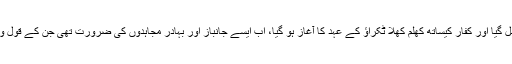
یہاں مسلمانوں کو اذن جہاد مل گیا اور کفار کیساتھ کھلم کھلا ٹکراؤ کے عہد کا آغاز ہو گیا، اب ایسے جانباز اور بہادر مجاہدوں کی ضرورت تھی جن کے قول و عمل میں مکمل ہم آہنگی ہو۔